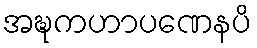
အဍ္ဎကဟာပဏေနပိ